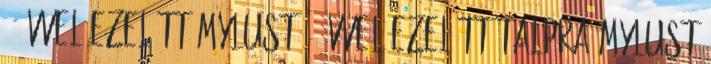
3 évvel ezelőtt MyLust 2 évvel ezelőtt talpra MyLust